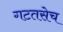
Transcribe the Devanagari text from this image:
गटतसेच